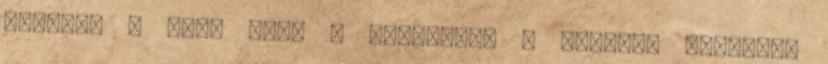
Slayer, a Skid Row, a Therapy?, a Slash’s Snakepit